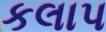
કલાપ